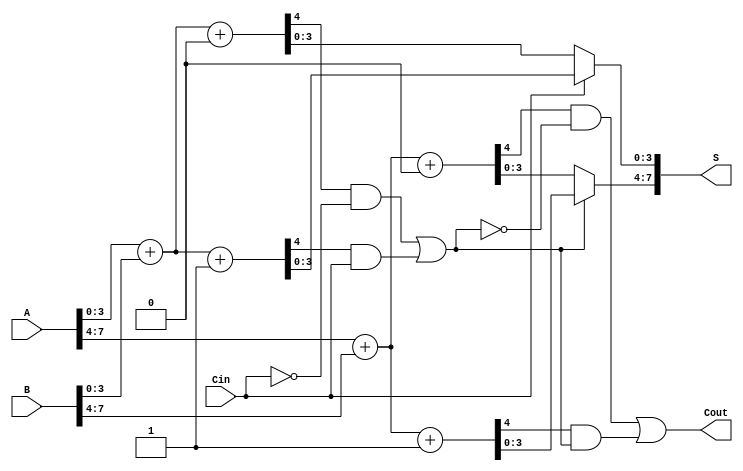
module CCSLA (
    input [7:0] A,   // First n-bit binary number
    input [7:0] B,   // Second n-bit binary number
    input Cin,       // Carry-in
    output [7:0] S,  // n-bit sum
    output Cout      // Carry-out
);

    // Internal wires for partial sums and carries
    wire [3:0] S0_0, S1_0, S0_1, S1_1;    // Partial sums for block 0 and block 1
    wire C0_0, C0_1, C1_0, C1_1;          // Carry outputs for each block
    wire carry_0, carry_1;                 // Carry for carry select

    // Block 0 (A[3:0] + B[3:0])
    assign {C0_0, S0_0} = A[3:0] + B[3:0] + 1'b0; // Sum with Cin = 0
    assign {C0_1, S1_0} = A[3:0] + B[3:0] + 1'b1; // Sum with Cin = 1

    // Block 1 (A[7:4] + B[7:4])
    assign {C1_0, S0_1} = A[7:4] + B[7:4] + 1'b0; // Sum with Cin = 0
    assign {C1_1, S1_1} = A[7:4] + B[7:4] + 1'b1; // Sum with Cin = 1

    // Carry selection logic
    assign carry_0 = C0_0 & ~Cin | C0_1 & Cin; // Determine carry_out for block 0
    assign carry_1 = C1_0 & ~carry_0 | C1_1 & carry_0; // Determine carry_out for block 1

    // Sum selection logic depending on carry selection
    assign S[3:0] = (Cin) ? S1_0 : S0_0; // Select sum from block 0
    assign S[7:4] = (carry_0) ? S1_1 : S0_1; // Select sum from block 1

    // Final carry-out
    assign Cout = carry_1; // Final carry out from block 1

endmodule